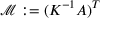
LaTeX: { \mathcal { M } } : = ( K ^ { - 1 } A ) ^ { T }